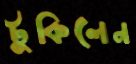
টুকিলেন